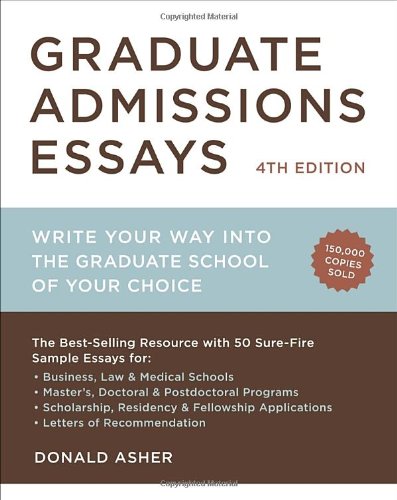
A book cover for Graduate Admissions Essays, Fourth Edition: Write Your Way into the Graduate School of Your Choice; Donald Asher; Test Preparation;